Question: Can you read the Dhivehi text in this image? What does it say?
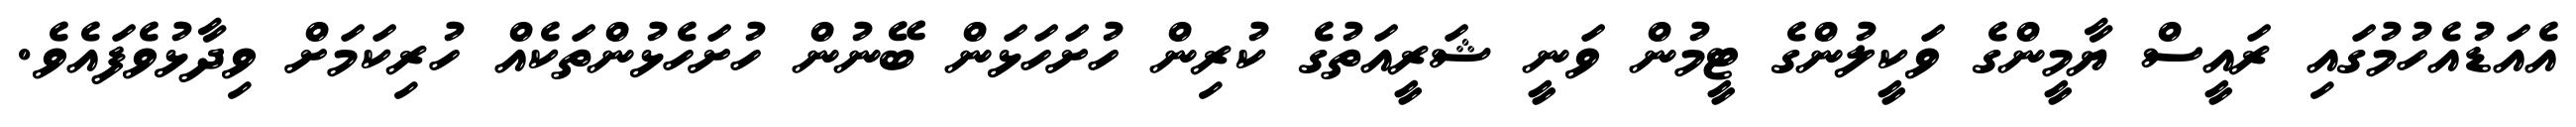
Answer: އެއަޑުއެހުމުގައި ރައީސް ޔާމީންގެ ވަކީލުންގެ ޓީމުން ވަނީ ޝަރީއަތުގެ ކުރިން ހުށަހަޅަން ބޭނުން ހުށަހެޅުންތަކެއް ހުރިކަމަށް ވިދާޅުވެފައެވެ.